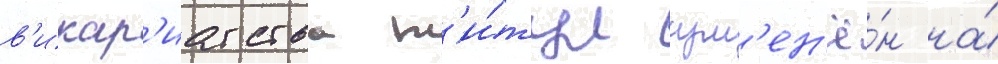
в'икар'иатства т'и́тул изм'ен'ё́н на́